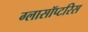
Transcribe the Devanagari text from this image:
ग्लासॉप्टरिस